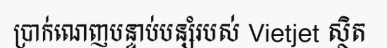
ប្រាក់ណេញបន្ទាប់បន្សំរបស់ Vietjet ស្ថិត